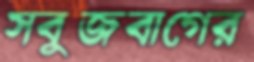
সবুজবাগের